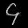
Digit: ၄